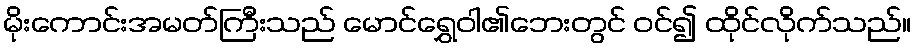
မိုးကောင်းအမတ်ကြီးသည် မောင်ရွှေဝါ၏ဘေးတွင် ဝင်၍ ထိုင်လိုက်သည်။